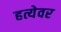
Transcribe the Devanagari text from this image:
हत्येवर